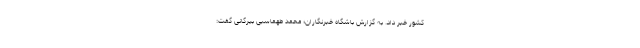
کشور خبر داد. به گزارش باشگاه خبرنگاران؛ محمد طهماسبی بیرگانی گفت: